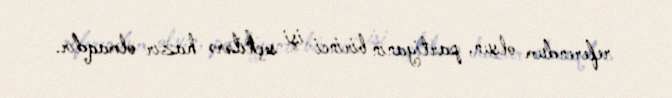
referendum olsun, partiyanın birinci işi seçkilərə hazır olmaqdır.